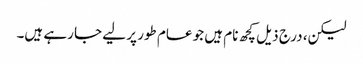
لیکن، درج ذیل کچھ نام ہیں جو عام طور پر لیے جا رہے ہیں۔